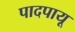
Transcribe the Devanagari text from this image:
पादपायू